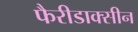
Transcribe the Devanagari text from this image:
फैरीडाक्सीन